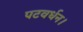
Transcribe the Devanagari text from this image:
पटवर्धन।